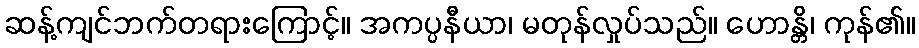
ဆန့်ကျင်ဘက်တရားကြောင့်။ အကပ္ပနီယာ၊ မတုန်လှုပ်သည်။ ဟောန္တိ၊ ကုန်၏။